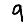
Digit: 9